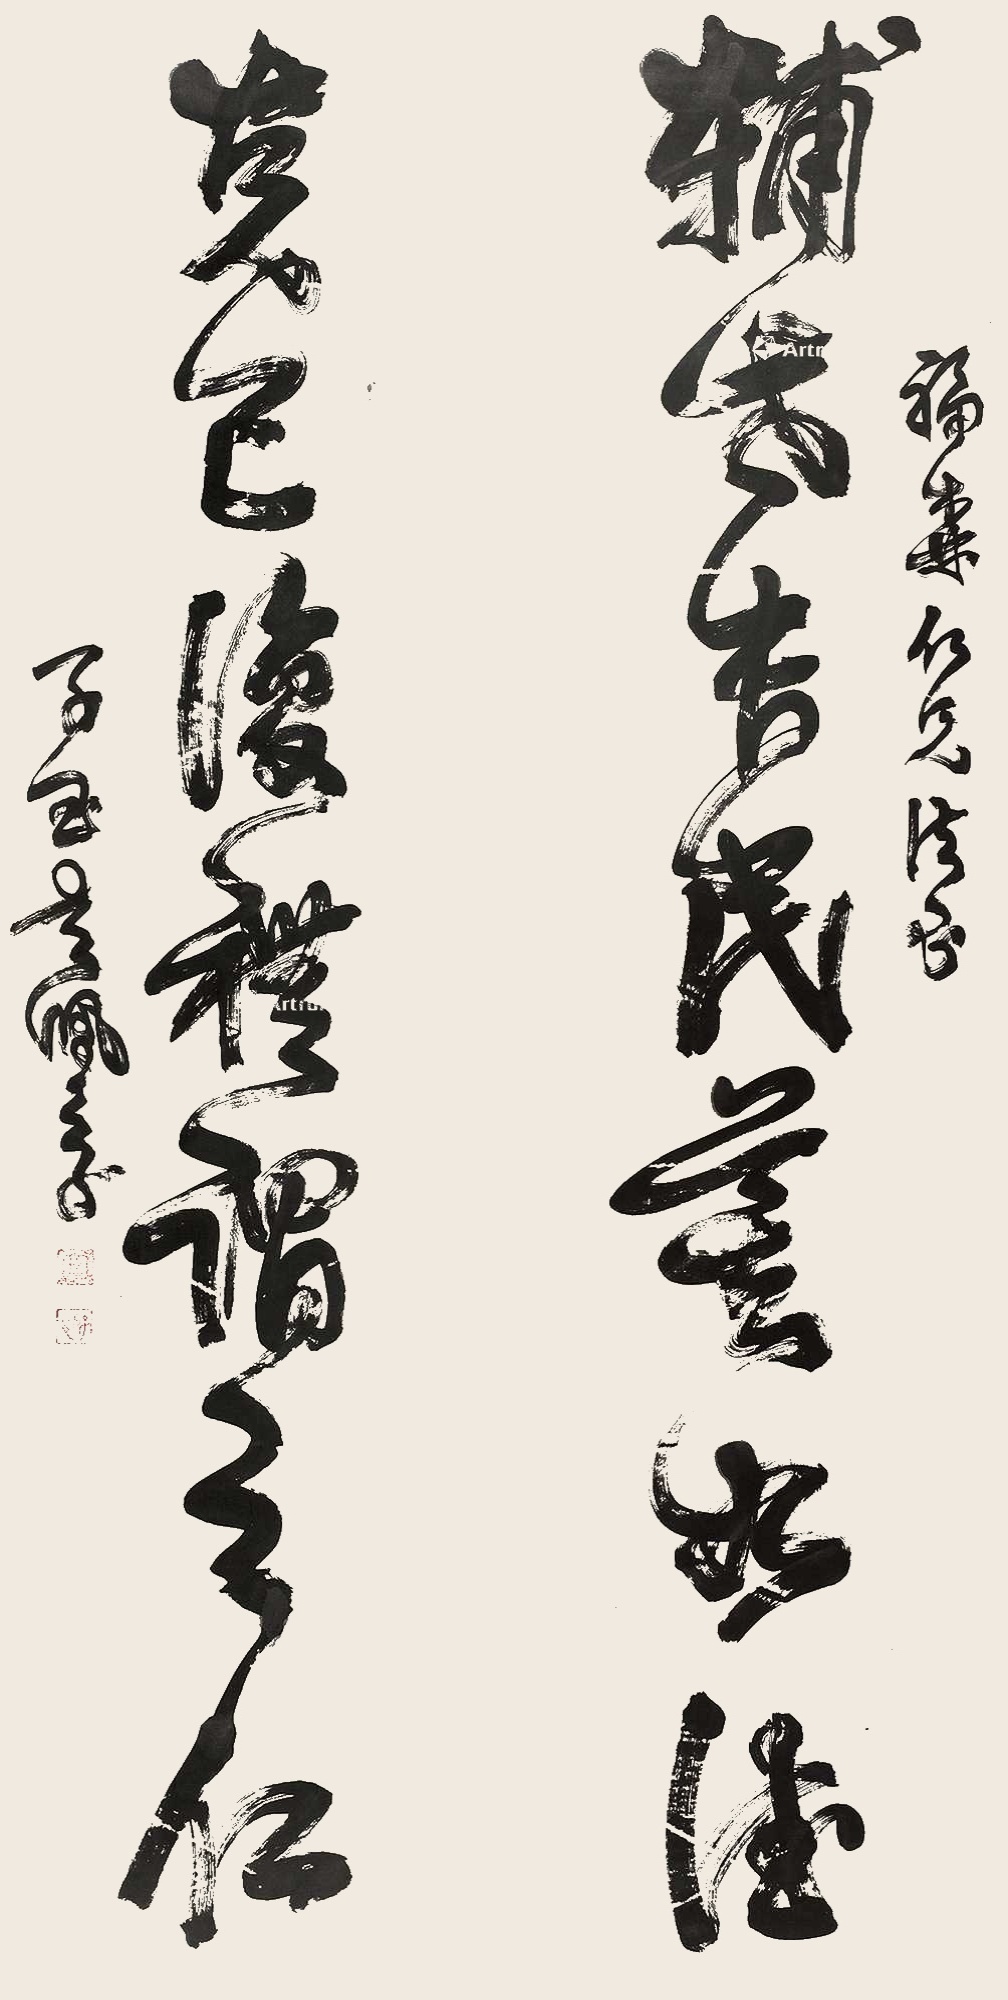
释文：辅世长民莫如德，克己复礼谓之仁。福森仁兄法正，子玉吴佩孚。